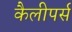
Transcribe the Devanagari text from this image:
कैलीपर्स